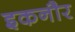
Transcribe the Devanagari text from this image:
इकनौर